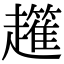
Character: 𧾟